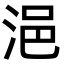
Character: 浥